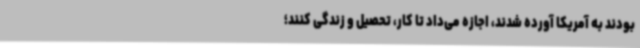
بودند به آمریکا آورده شدند، اجازه می‌داد تا کار، تحصیل و زندگی کنند؛